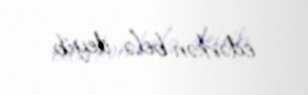
edərkən belə deyib.